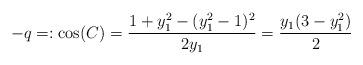
LaTeX: \begin{align*}-q=:\cos(C)=\frac{1+y_1^2-(y_1^2-1)^2}{2y_1}=\frac{y_1(3-y_1^2)}{2}\end{align*}